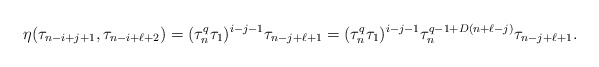
\begin{align*}\eta(\tau_{n-i+j+1}, \tau_{n-i+\ell+2})=(\tau_n^q \tau_1)^{i-j-1} \tau_{n-j+\ell+1}=(\tau_n^q \tau_1)^{i-j-1} \tau_n^{q-1+D(n+\ell-j)}\tau_{n-j+\ell+1}.\end{align*}